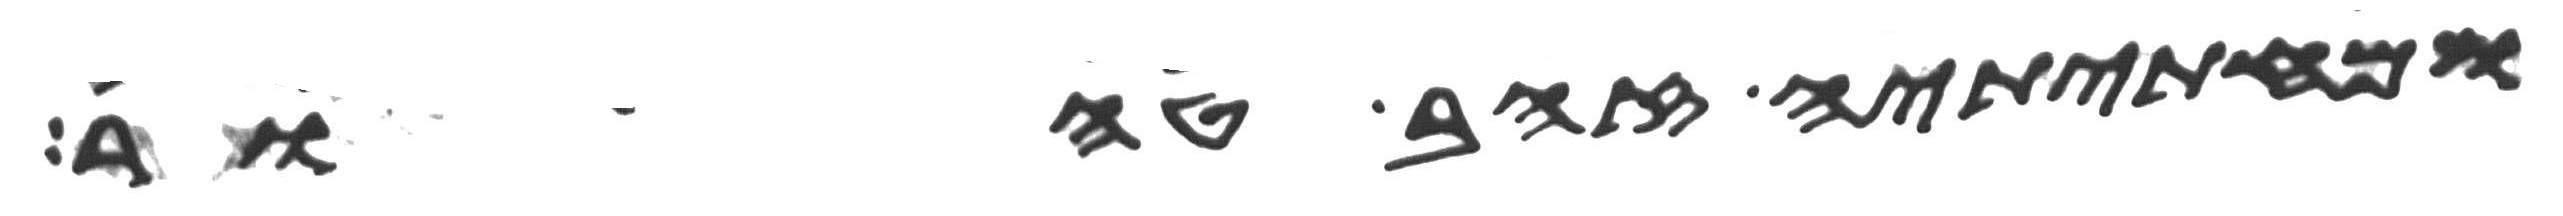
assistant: ומחתיתיה זהב טהור